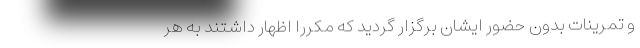
و تمرینات بدون حضور ایشان برگزار گردید که مکرراً اظهار داشتند به هر